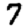
Digit: 7